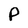
Character: P